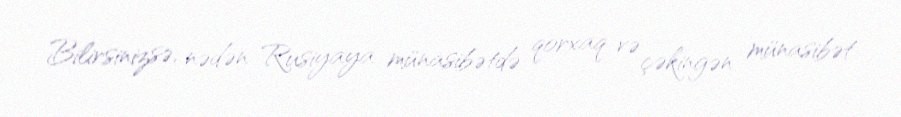
Bilirsinizsə, nədən Rusiyaya münasibətdə qorxaq və çəkingən münasibət